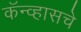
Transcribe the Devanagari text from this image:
कॅन्व्हासचे